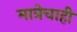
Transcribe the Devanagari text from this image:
मात्रेचाही